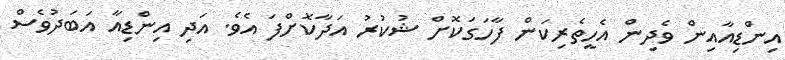
އިންޑިއާއިން ވެދިން އެހީތެރިކަން ފާހަގަކޮށް ޝުކުރު އަދާކޮށްފަ އެވެ. އަދި އިންޑިއާ އަބަދުވެސް